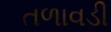
તળાવડી